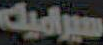
سيراميك